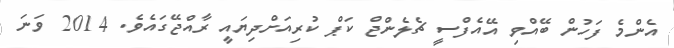
އެންމެ ފަހުން ބޭއްވި އޭއެފްސީ ޗެލެންޖް ކަޕް ކުރިއަށްދިޔައީ ރާއްޖޭގައެވެ. 2014 ވަނަ